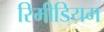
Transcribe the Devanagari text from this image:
रिमीडियम